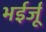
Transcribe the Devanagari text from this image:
भईर्जू